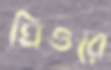
ঘিওরে